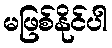
မဖြစ်နိုင်ပါ